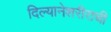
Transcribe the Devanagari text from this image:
दिल्यानेशरीराची